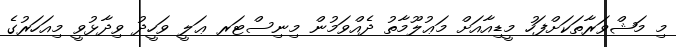
މި މަޝްވަރާތަކަށްފަހު މީޑިއާއަށް މަޢުލޫމާތު ދެއްވަމުން މިނިސްޓަރ ޢަލީ ވަހީދު ވިދާޅުވީ މިއަހަރުގެ